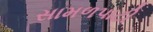
સામળપાટી